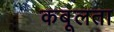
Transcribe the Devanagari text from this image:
कबूलता